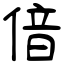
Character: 偣